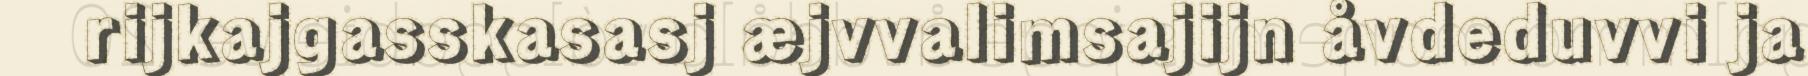
rijkajgasskasasj æjvvalimsajijn åvdeduvvi ja